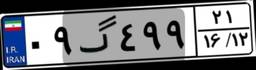
۰۹گ۴۹۹۲۱